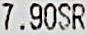
7.90SR